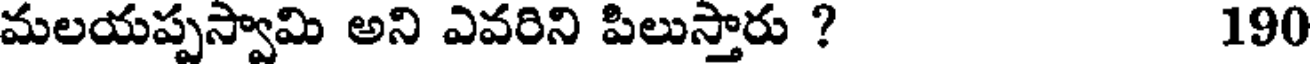
మలయప్పస్వామి అని ఎవరిని పిలుస్తారు ? 190